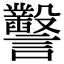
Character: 𧮙